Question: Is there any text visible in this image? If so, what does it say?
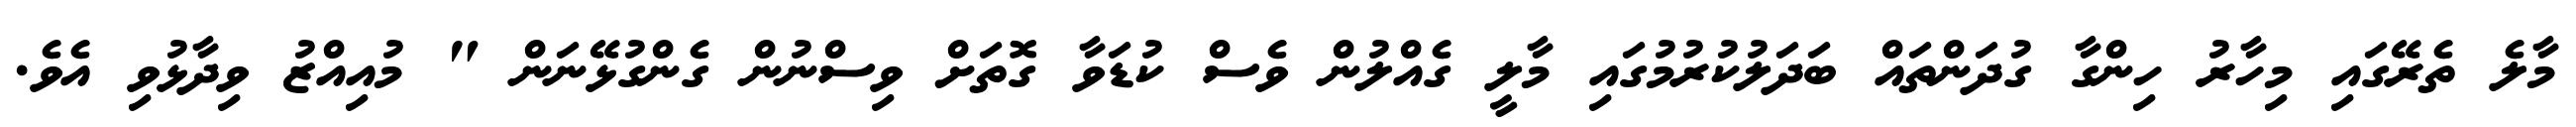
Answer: މާލެ ތެރޭގައި މިހާރު ހިންގާ ގުދަންތައް ބަދަލުކުރުމުގައި މާލީ ގެއްލުން ވެސް ކުޑަވާ ގޮތަށް ވިސްނުން ގެންގުޅޭނަން " މުއިއްޒު ވިދާޅުވި އެވެ.